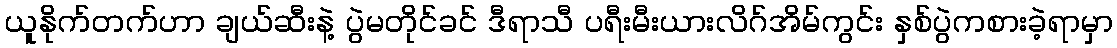
ယူနိုက်တက်ဟာ ချယ်ဆီးနဲ့ ပွဲမတိုင်ခင် ဒီရာသီ ပရီးမီးယားလိဂ်အိမ်ကွင်း နှစ်ပွဲကစားခဲ့ရာမှာ